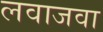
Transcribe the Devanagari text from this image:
लवाजवा